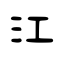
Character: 江